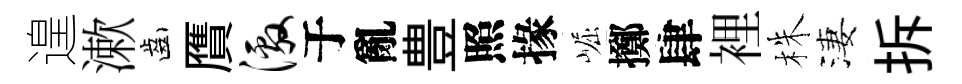
遑漱齒贋激于亂豊照掾崛擲肆裡株淒拆